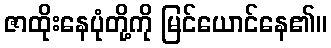
ဇာထိုးနေပုံတို့ကို မြင်ယောင်နေ၏။